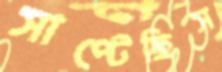
সাপ্‌টেছিস